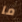
ما